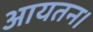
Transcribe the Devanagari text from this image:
आयतन।